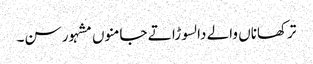
ترکھاناں والے دا لسوڑا تے جامنوں مشہور سن۔